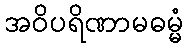
အဝိပရိဏာမဓမ္မံ